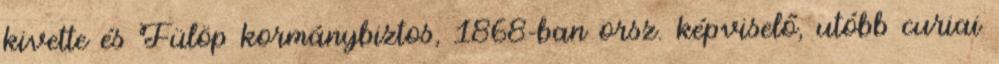
kivette és Fülöp kormánybiztos, 1868-ban orsz. képviselő, utóbb curiai